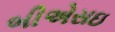
બીએસઇ